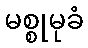
မစ္စုမုခံ